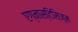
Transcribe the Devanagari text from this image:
एग्नास्टिसिज़्म